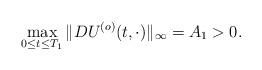
LaTeX: \begin{align*}\max_{0\le t\le T_1} \| D U^{(o)} (t,\cdot) \|_{\infty} =A_1 >0. \end{align*}